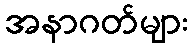
အနာဂတ်များ